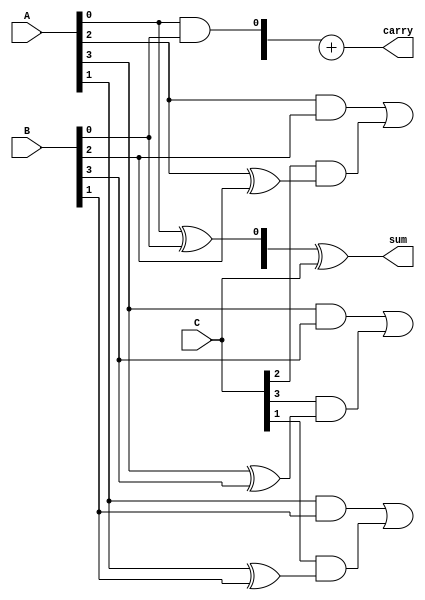
module CarrySaveAdder #(parameter N = 4) (
    input  [N-1:0] A,  // First input
    input  [N-1:0] B,  // Second input
    input  [N-1:0] C,  // Third input
    output [N-1:0] sum, // Sum output
    output [N-1:0] carry // Carry output
);

    wire [N-1:0] HA_sum; // Half adder sum outputs
    wire [N-1:0] HA_carry; // Half adder carry outputs
    wire [N-1:0] FA_sum; // Full adder sum outputs
    wire [N-1:0] FA_carry; // Full adder carry outputs

    // Generate half adders for the first two inputs
    genvar i;
    generate
        for (i = 0; i < N; i = i + 1) begin : half_adders
            if (i == 0) begin
                // For the least significant bit, we only use a half adder
                assign HA_sum[i] = A[i] ^ B[i];
                assign HA_carry[i] = A[i] & B[i];
            end else begin
                // For other bits, we use full adders
                assign FA_sum[i] = A[i] ^ B[i] ^ C[i];
                assign FA_carry[i] = (A[i] & B[i]) | (C[i] & (A[i] ^ B[i]));
            end
        end
    endgenerate

    // Combine the outputs of half adders and full adders
    assign sum = HA_sum ^ C; // Sum output is the sum of half adder and C
    assign carry = HA_carry + FA_carry; // Carry output is the sum of carry outputs

endmodule